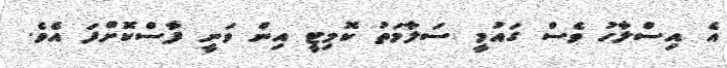
އެ އިސްލާހު ވެސް ގައުމީ ސަލާމަތު ކޮމިޓީ އިން ވަނީ ފާސްކޮށްފަ އެވެ.